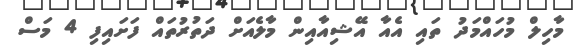
މާހިލް މުހައްމަދު ތައި އެއާ އޭޝިއާއިން މާލެއަށް ދަތުރުތައް ފަށައިފި 4 މަސް